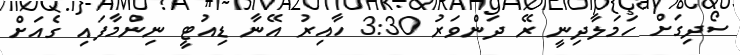
ސޯދިގަށް ހަމަލާދިނީ ރޭ ދަންވަރު 3:30 ހާއިރު އޭނާ ޑިއުޓީ ނިންމާފައި ގެއަށް